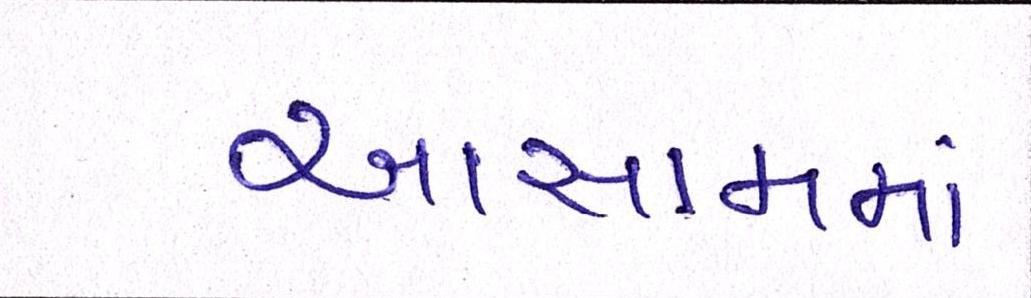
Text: આસામમાં